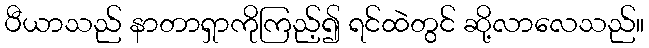
ပီယာသည် နာတာရှာကိုကြည့်၍ ရင်ထဲတွင် ဆို့လာလေသည်။